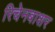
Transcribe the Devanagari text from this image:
रिचेनबाशर